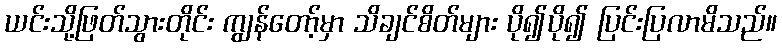
ယင်းသို့ဖြတ်သွားတိုင်း ကျွန်တော့်မှာ သိချင်စိတ်များ ပို၍ပို၍ ပြင်းပြလာမိသည်။